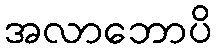
အလာဘောပိ